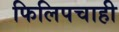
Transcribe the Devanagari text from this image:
फिलिपचाही